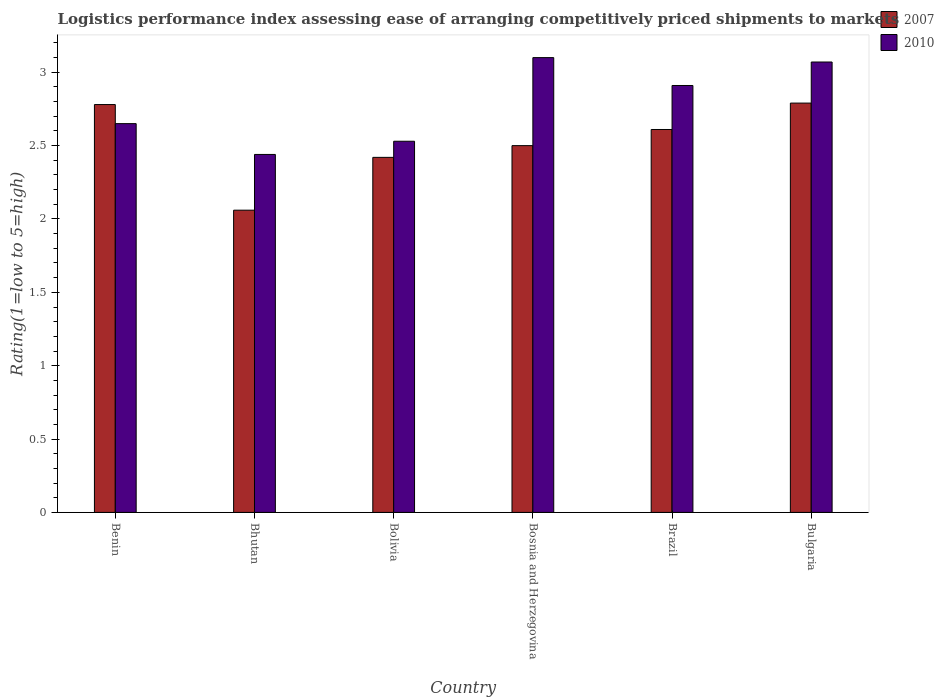
| Country | 2007 | 2010 |
 | --- | --- | --- |
 | Benin | 2.78 | 2.65 |
 | Bhutan | 2.06 | 2.44 |
 | Bolivia | 2.42 | 2.53 |
 | Bosnia and Herzegovina | 2.5 | 3.1 |
 | Brazil | 2.61 | 2.91 |
 | Bulgaria | 2.79 | 3.07 |